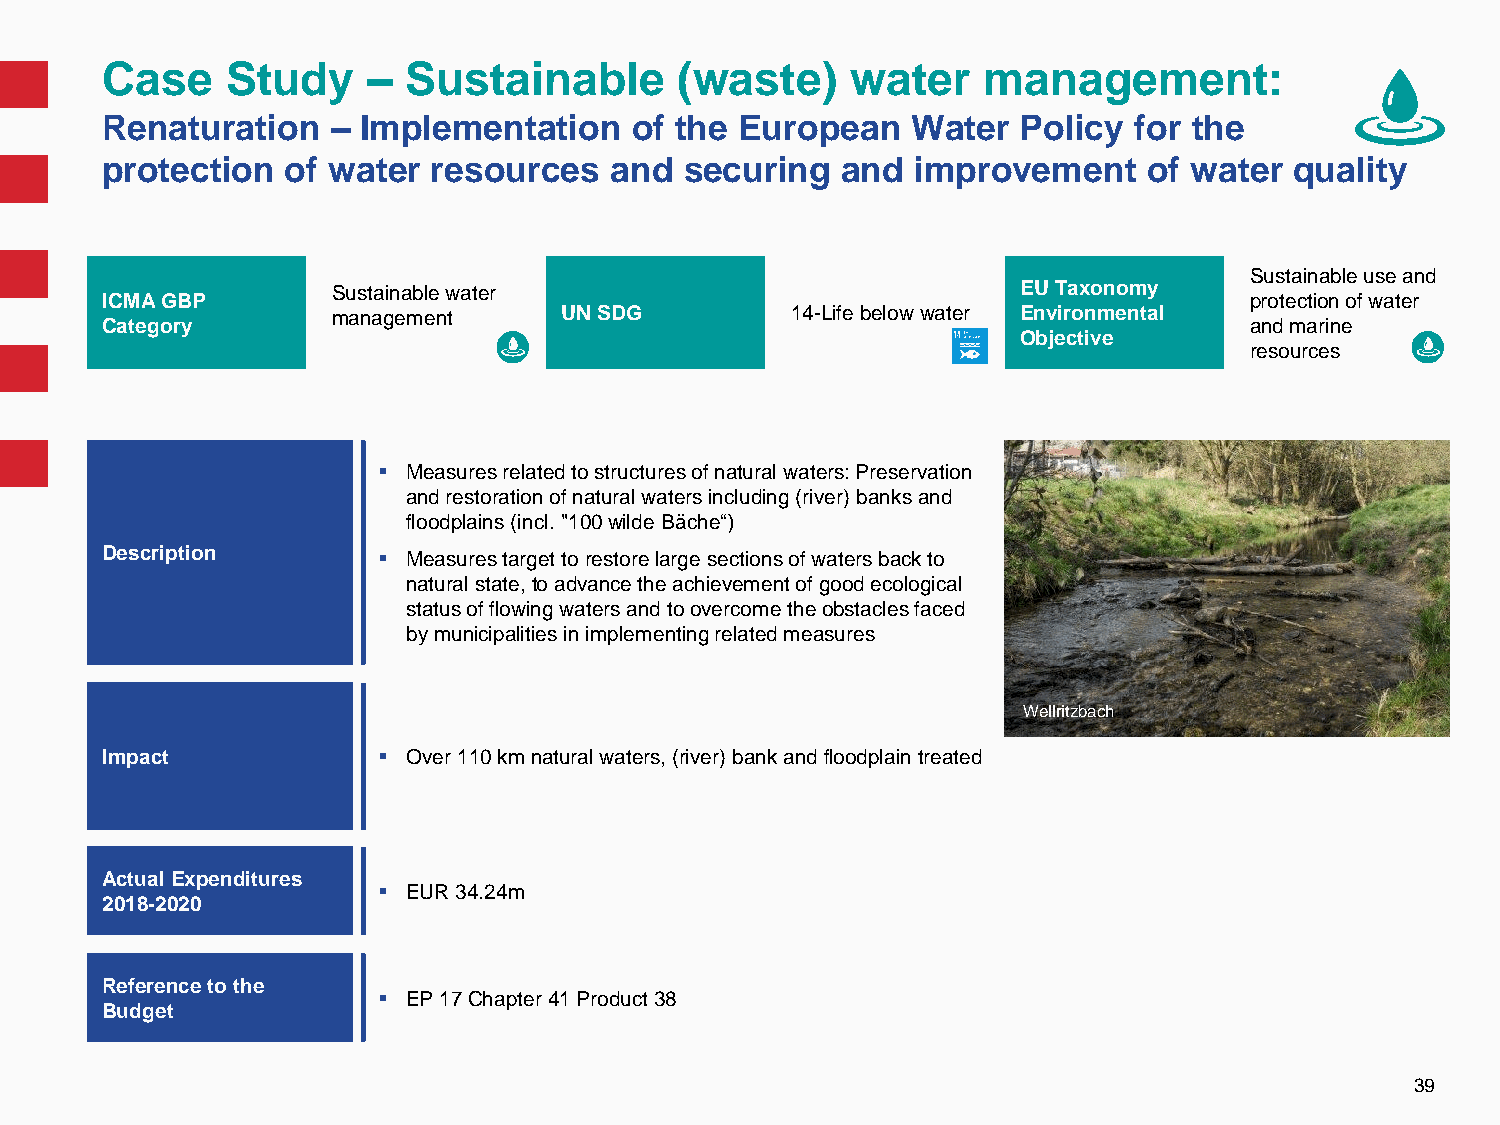
Case    Study    –  Sustainable       (waste)    water    management:
 Renaturation   – Implementation    of the European   Water   Policy for the
 protection  of water  resources  and  securing   and  improvement    of water  quality
 Sustainable use and
 Sustainable water                             EU Taxonomy
 ICMA GBP                                                                    protection of water
 management     UN SDG         14-Life belowwater Environmental
 Category                                                                    and marine
 Objective
 resources
  Measures related to structures of natural waters: Preservation
 and restoration of natural waters including (river) banks and
 floodplains (incl. "100 wilde Bäche“)
 Description        Measures target to restore large sections of waters back to
 natural state, to advance the achievement of good ecological
 status of flowing waters and to overcome the obstacles faced
 by municipalities in implementing related measures
 Wellritzbach
 Impact             Over 110 km natural waters, (river) bank and floodplain treated
 Actual Expenditures
  EUR 34.24m
 2018-2020
 Reference to the
  EP 17 Chapter 41 Product38
 Budget
 39